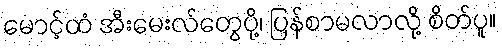
မောင့်ထံ အီးမေးလ်တွေပို့၊ ပြန်စာမလာလို့ စိတ်ပူ။